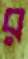
র